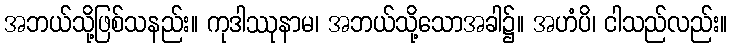
အဘယ်သို့ဖြစ်သနည်း။ ကုဒါဿုနာမ၊ အဘယ်သို့သောအခါ၌။ အဟံပိ၊ ငါသည်လည်း။